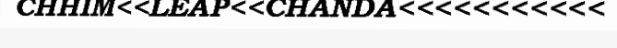
CHHIM<<LEAP<<CHANDA<<<<<<<<<<<